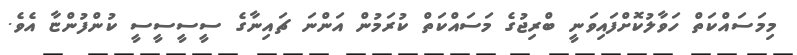
މިމަސައްކަތް ހަވާލުކޮށްފައިވަނީ ބްރިޖުގެ މަސައްކަތް ކުރަމުން އަންނަ ޗައިނާގެ ސީސީސީސީ ކުންފުންޏާ އެވެ.